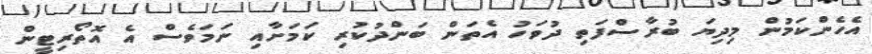
އެހެންކަމުން މިދިޔަ ބުރާސްފަތި ދުވަހު އެތަން ބަންދުކުރި ކަމަށާއި ނަމަވެސް އެ އޮތޯރިޓީން